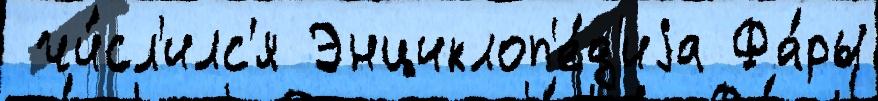
 чи́сл'илс'я Энциклоп'е́д'иjа Фа́ры